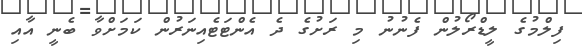
ފިލްމުގެ ލީޑްރޯލުން ފެނުނު މި ރަށުގެ ދެ އެންޓަޓެއިނަރުން ކަމަށްވާ ބެނީ އާއި